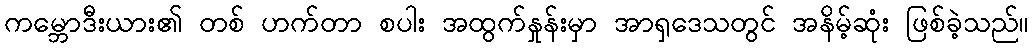
ကမ္ဘောဒီးယား၏ တစ် ဟက်တာ စပါး အထွက်နှုန်းမှာ အာရှဒေသတွင် အနိမ့်ဆုံး ဖြစ်ခဲ့သည်။